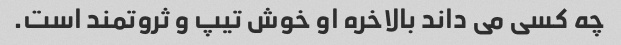
چه کسی می داند بالاخره او خوش تیپ و ثروتمند است.